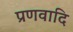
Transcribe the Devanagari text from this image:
प्रणवादि